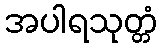
အပါရသုတ္တံ